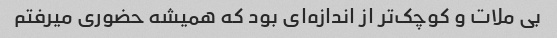
بی ملات و کوچک‌تر از اندازه‌ای بود که همیشه حضوری میرفتم